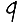
Digit: 9